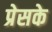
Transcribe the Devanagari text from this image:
प्रेसके